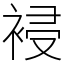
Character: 䘲